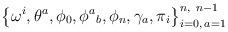
LaTeX: \begin{gather*}\big\{\omega^i,\theta^a,\phi_0,\phi^a{}_b,\phi_n,\gamma_a,\pi_i\big\}_{i=0,\,a=1}^{n,\ n-1}\end{gather*}